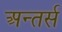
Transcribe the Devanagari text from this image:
अन्तर्स